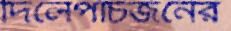
দিলেপাঁচজনের